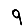
Digit: 9